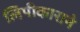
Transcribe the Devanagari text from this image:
लिपीकाराने